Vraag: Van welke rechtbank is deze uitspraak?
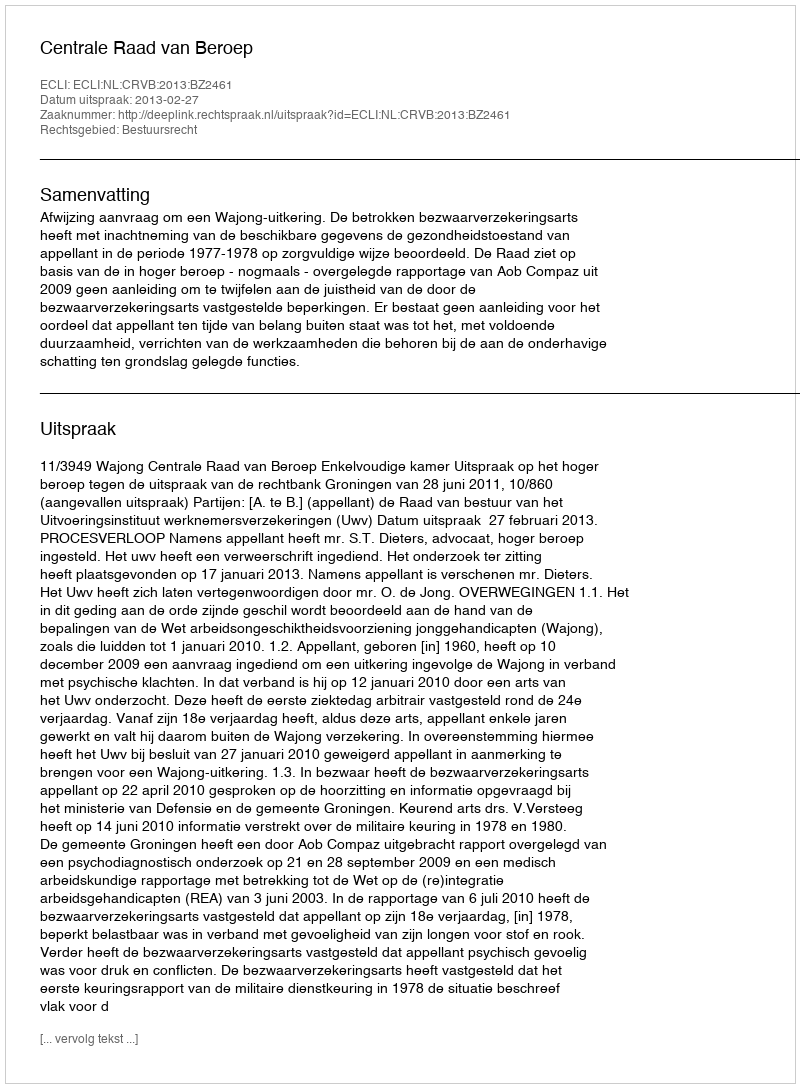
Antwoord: Centrale Raad van Beroep